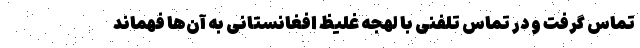
تماس گرفت و در تماس تلفنی با لهجه غلیظ افغانستانی به آن‌ها فهماند